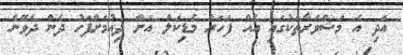
އަދި އެ މަޝްވަރާތަކުގައި އެއް ފަހަރު މެޑިކަލް އަށް ދިއުމަށްފަހު ދެން ދެވޭނެ